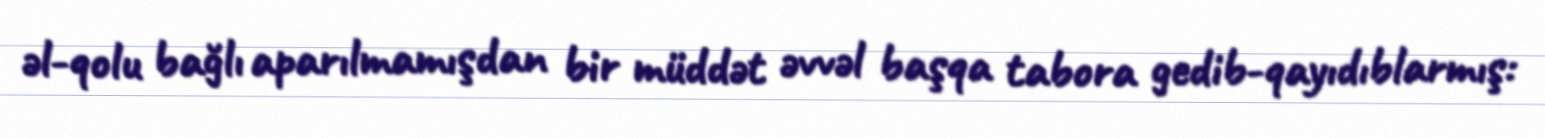
əl-qolu bağlı aparılmamışdan bir müddət əvvəl başqa tabora gedib-qayıdıblarmış: